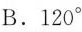
B.120°